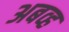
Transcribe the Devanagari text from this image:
अबव्ह